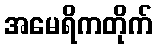
အမေရိကတိုက်